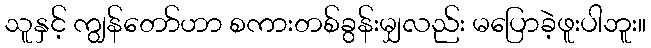
သူနှင့် ကျွန်တော်ဟာ စကားတစ်ခွန်းမျှလည်း မပြောခဲ့ဖူးပါဘူး။